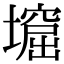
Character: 𡑣